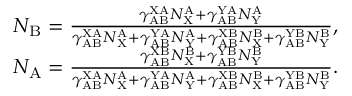
\begin{array} { r } { N _ { \mathrm { B } } = \frac { \gamma _ { \mathrm { A B } } ^ { \mathrm { X A } } N _ { \mathrm { X } } ^ { \mathrm { A } } + \gamma _ { \mathrm { A B } } ^ { \mathrm { Y A } } N _ { \mathrm { Y } } ^ { \mathrm { A } } } { \gamma _ { \mathrm { A B } } ^ { \mathrm { X A } } N _ { \mathrm { X } } ^ { \mathrm { A } } + \gamma _ { \mathrm { A B } } ^ { \mathrm { Y A } } N _ { \mathrm { Y } } ^ { \mathrm { A } } + \gamma _ { \mathrm { A B } } ^ { \mathrm { X B } } N _ { \mathrm { X } } ^ { \mathrm { B } } + \gamma _ { \mathrm { A B } } ^ { \mathrm { Y B } } N _ { \mathrm { Y } } ^ { \mathrm { B } } } , } \\ { N _ { \mathrm { A } } = \frac { \gamma _ { \mathrm { A B } } ^ { \mathrm { X B } } N _ { \mathrm { X } } ^ { \mathrm { B } } + \gamma _ { \mathrm { A B } } ^ { \mathrm { Y B } } N _ { \mathrm { Y } } ^ { \mathrm { B } } } { \gamma _ { \mathrm { A B } } ^ { \mathrm { X A } } N _ { \mathrm { X } } ^ { \mathrm { A } } + \gamma _ { \mathrm { A B } } ^ { \mathrm { Y A } } N _ { \mathrm { Y } } ^ { \mathrm { A } } + \gamma _ { \mathrm { A B } } ^ { \mathrm { X B } } N _ { \mathrm { X } } ^ { \mathrm { B } } + \gamma _ { \mathrm { A B } } ^ { \mathrm { Y B } } N _ { \mathrm { Y } } ^ { \mathrm { B } } } . } \end{array}